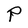
Character: P